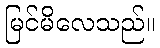
မြင်မိလေသည်။